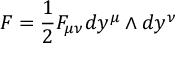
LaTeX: F = { \frac { 1 } { 2 } } F _ { \mu \nu } d y ^ { \mu } \wedge d y ^ { \nu }